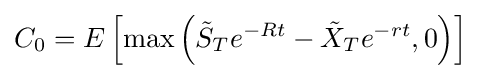
C_{0}=E\left[\max \left({\tilde {S}}_{T}e^{-Rt}-{\tilde {X}}_{T}e^{-rt},0\right)\right]